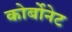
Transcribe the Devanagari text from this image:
कोर्बोनेट